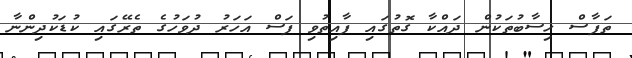
ތަފާސް ހިސާބުތަކުން ދައްކާ ގޮތުގައި ފާއިތުވި ފަސް އަހަރު ދުވަހުގެ ތެރޭގައި ކުޑަކުދިންނާ